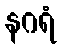
နဂရံ